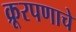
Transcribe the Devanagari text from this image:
क्रूरपणाचे